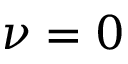
\nu = 0